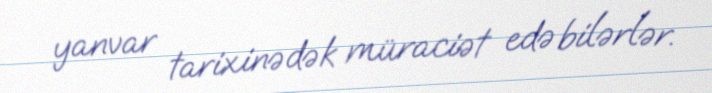
yanvar tarixinədək müraciət edə bilərlər.